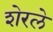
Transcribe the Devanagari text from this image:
शेरले